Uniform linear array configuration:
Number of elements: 16
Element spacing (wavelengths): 1
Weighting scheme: hann
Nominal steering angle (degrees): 30
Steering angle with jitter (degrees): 28.125
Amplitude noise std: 0.05
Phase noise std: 0.05

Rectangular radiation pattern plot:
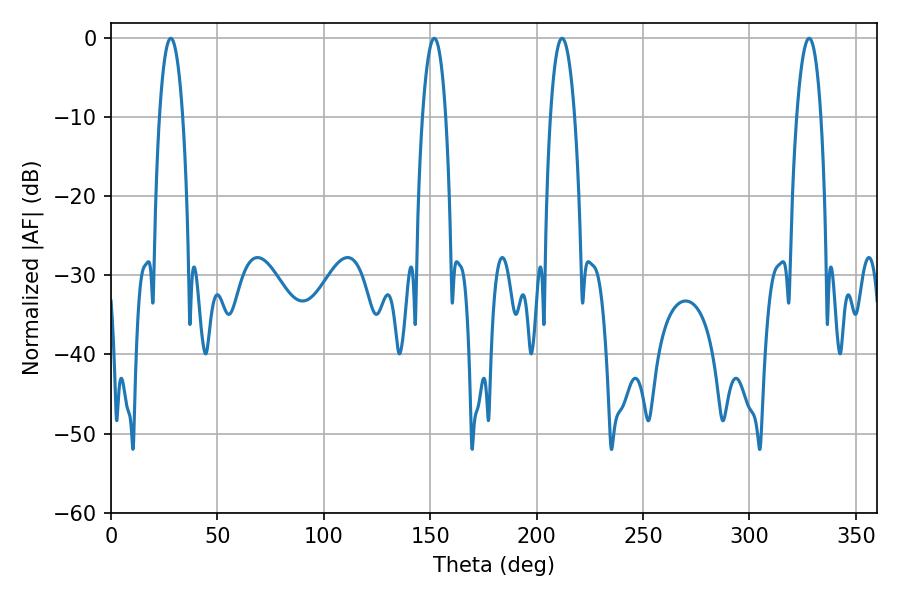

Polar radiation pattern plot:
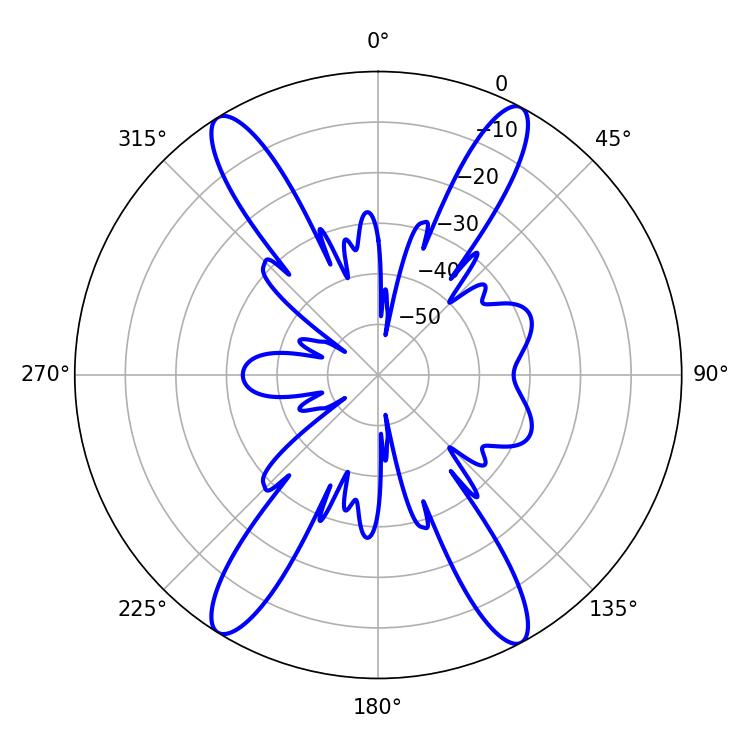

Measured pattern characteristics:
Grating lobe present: TRUE
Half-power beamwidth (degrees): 6.12
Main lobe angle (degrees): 28.08